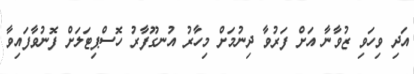
އަދި ވިހަވި ޒުވާނާ އަށް ފަރުވާ ދިނުމަށް މިހާރު އުނގޫފާރު ހޮސްޕިޓަލަށް ފޮނުވާފައިވާ